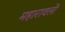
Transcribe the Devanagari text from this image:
महारावलों